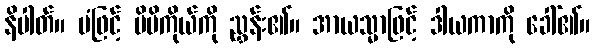
နိပါတ်။ မံဖြင့် မိမိကိုယ်ကို ညွှန်း၏။ အာယသ္မာဖြင့် ဒါယကာကို ခေါ်၏။